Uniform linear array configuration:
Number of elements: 64
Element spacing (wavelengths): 1
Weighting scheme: uniform
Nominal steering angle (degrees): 0
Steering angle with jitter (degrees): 0.6187
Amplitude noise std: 0.05
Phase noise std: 0.05

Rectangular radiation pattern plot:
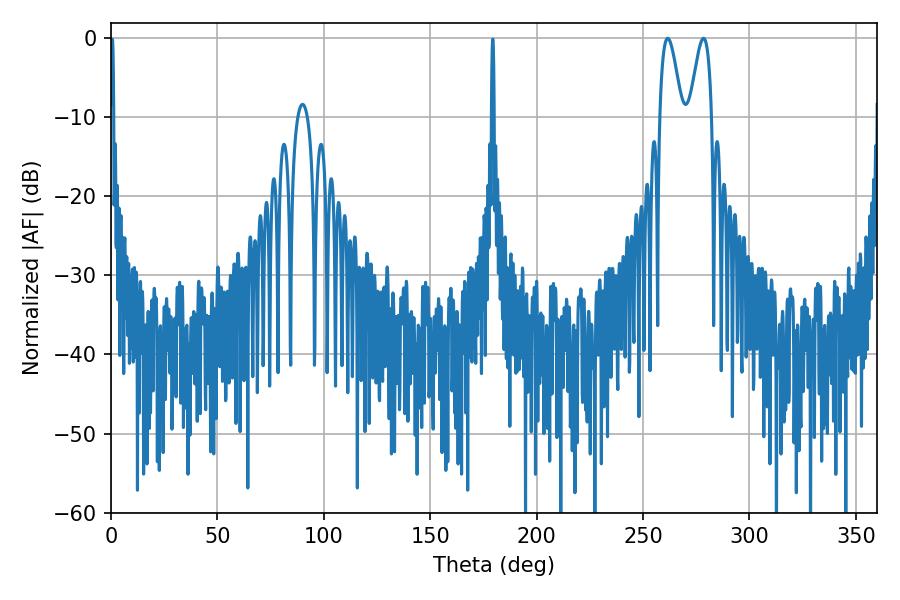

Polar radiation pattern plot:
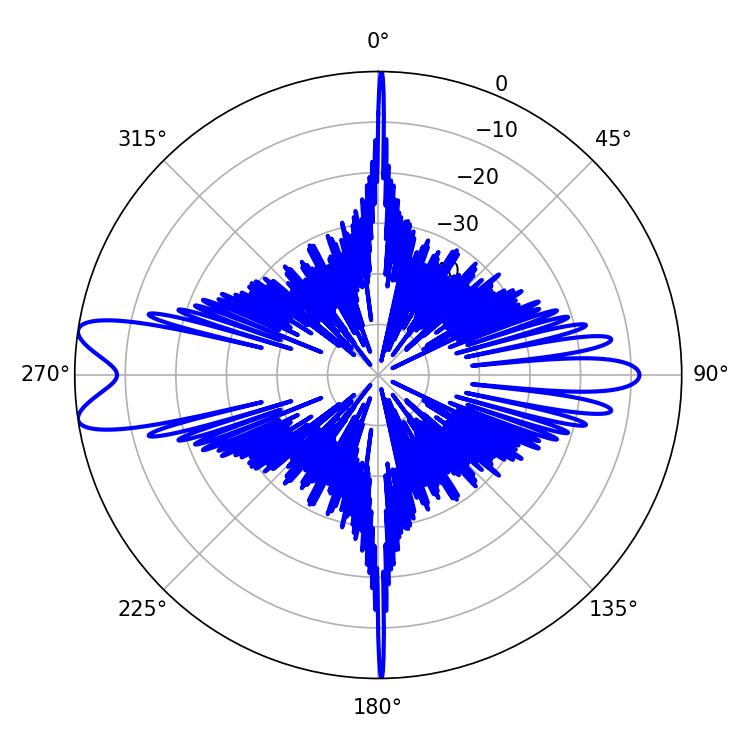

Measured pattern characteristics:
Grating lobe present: TRUE
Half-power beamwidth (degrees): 5.76
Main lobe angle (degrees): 261.54